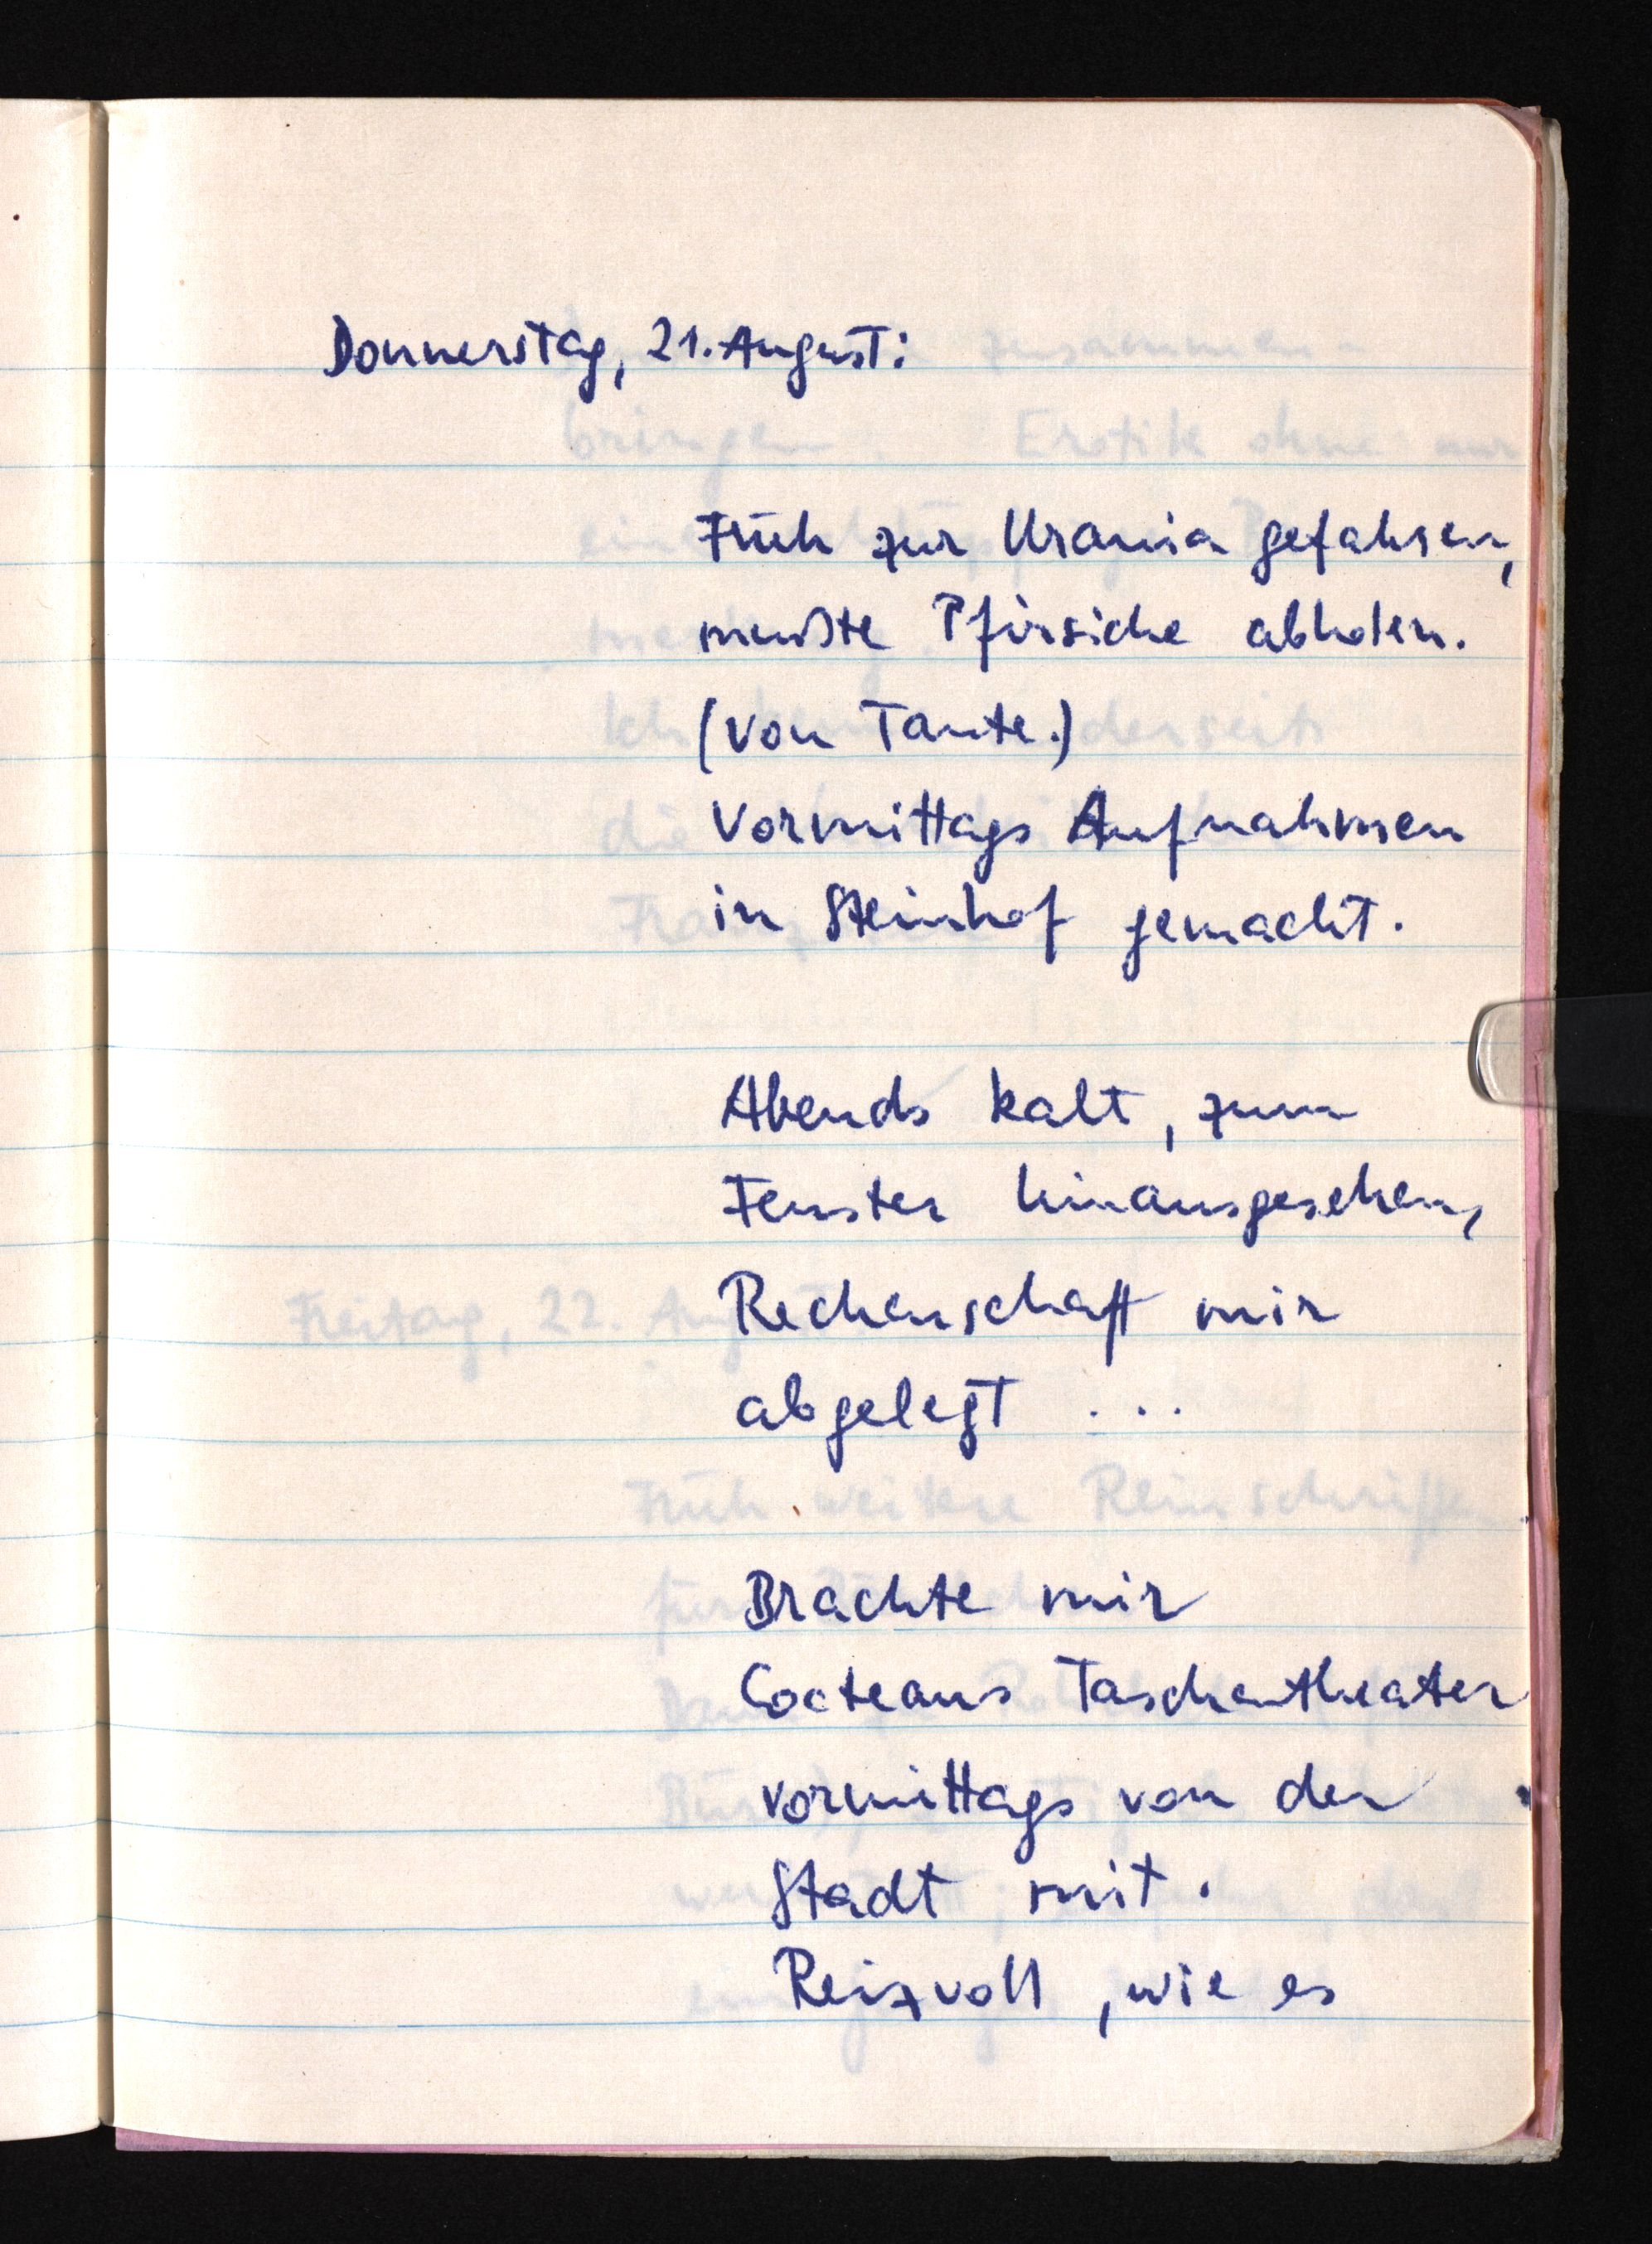
Donnerstag, 21. August:
Früh zur Urania gefahren,
mußte Pfirsiche abholen.
(von Tante.)
Vormittags aAufnahmen
in Steinhof gemacht.
Abends kalt, zum
Fenster hinausgesehen,
Rechenschaft mir
abgelegt ...
Brachte mir
Cocteaus Taschentheater
vormittags von der
Stadt mit.
Reizvoll, wie es